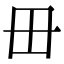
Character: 毌